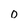
Character: 0